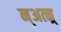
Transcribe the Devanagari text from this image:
न्अत्न्र्